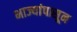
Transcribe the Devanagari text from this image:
भाज्यांपासून